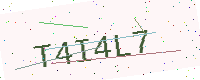
Text: T4I4L7